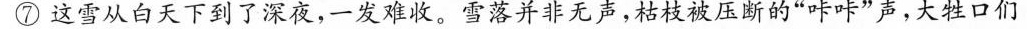
⑦这雪从白天下到了深夜，一发难收。雪落并非无声，枯枝被压断的”咔咔”声，大牲口们